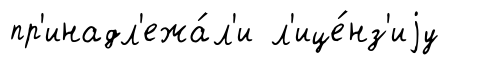
пр'инадл'ежа́л'и л'ице́нз'иjу